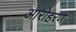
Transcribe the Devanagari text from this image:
आरोहरण